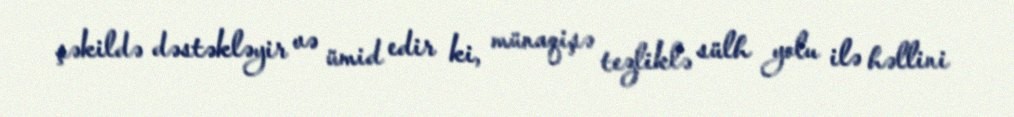
şəkildə dəstəkləyir və ümid edir ki, münaqişə tezliklə sülh yolu ilə həllini